Janeda_(Ambla)_vallavalitsus, lk 49
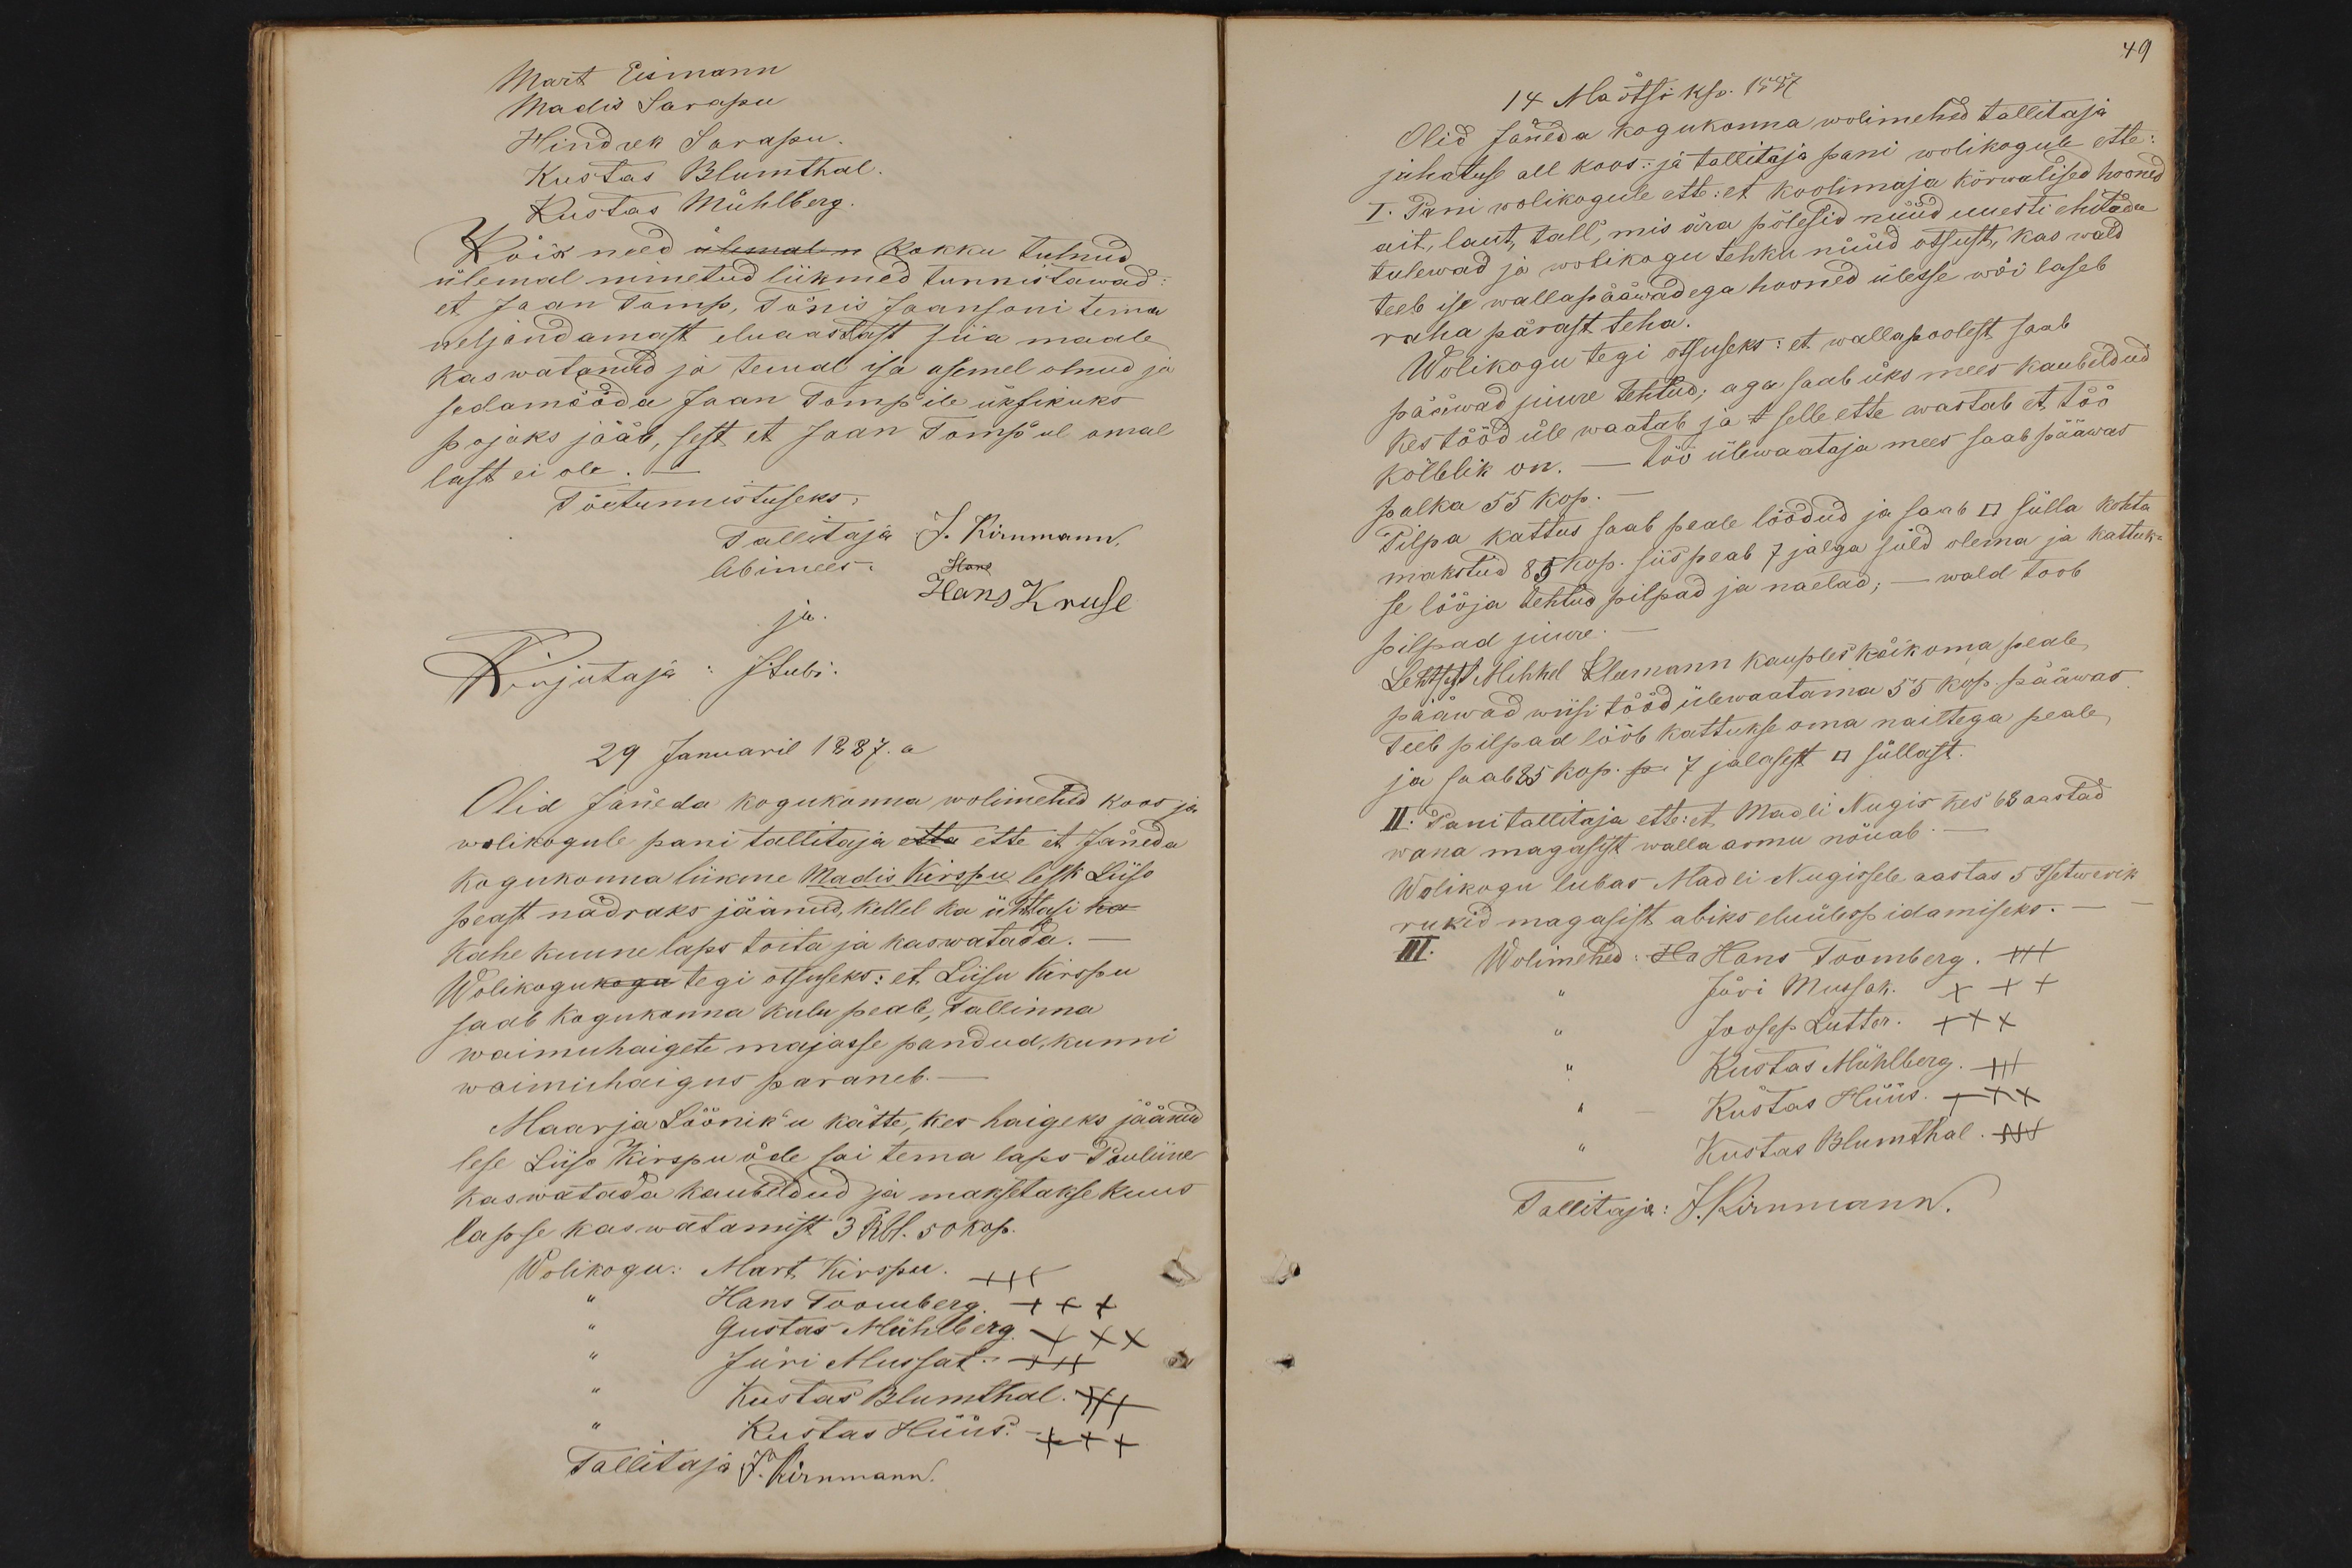
Mart Eismann
Madis Sarapu
Hindrek Sarapu.
Kustas Blumthal
Kustas Mühlberg
Kõik need ülemal n kokku tulnud
ülemal nimetud liikmed tunnistawad:
et Jaan Tomp, Tõnis Jaansoni tema
neljandamast eluaastast siia maale
kaswatanud ja temal isa asemel olnud ja
sedamööda Jaan Tomp'ile üksikuks
pojaks jääb, sest et Jaan Tomp'ul omal
last ei ole. -
Tõetunnistuseks:
Tallitaja J. Kirnmann.
Abimees. Hans
Hans Kruse
ja.
Kirjutaja : J.Lubi.
29 Januaril 1887. a
Olid Jäneda kogukonna wolimehed koos ja
wolikogule pani tallitaja etta ette et Jäneda
kogukonna liikme Madis Kirspu lesk Liiso
peast nõdraks jäänud, kellel ka ühtlasi ka
kahe kuune laps toita ja kaswatada.
Wolikogukogu tegi otsuseks: et Liisu Kirspu
saab kogukonna kulu peale, Tallinna
waimuhaigete majasse pandud, kunni
waimuhaigus paraneb.-
Maarja Lõõnik'u kätte, kes haigeks jäänud
lese Liiso Kirspu õde sai tema laps Pauliine
kaswatada kaubeldud ja maksetakse kuus
lapse kaswatamist 3 Rbl. 50 kop.
Wolikogu: Mart Kirspu. +++
Hans Toomberg +++
Gustas Mühlberg. XXX
Jüri Mussat. +++
Kustas Blumthal. +++
Kustas Hüüs. +++
Tallitaja J. Kirnmann.

49
14 Märtsi kp. 1887
Olid Jäneda kogukonna wolimehed tallitaja
juhatuse all koos: ja tallitaja pani wolikogule ette:
I. Pani wolikogule ette: et koolimaja kõrwalised hooned
ait, laut, tall, mis ära põlesid nüüd uuesti ehitada
tulewad ja wolikogu tehku nüüd otsust, kas wald
teeb ise wallapääwadega hooned ülesse wõi laseb
raha pärast teha.
Wolikogu tegi otsuseks: et walla poolest saab
pääwad juure tehtud; aga saab üks mees kaubeldud
kes tööd üle waatab ja t selle ette wastab et töö
kõlblik on. - töö ülewaataja mees saab pääwas
palka 55 kop.
Pilpa kattus saab peale löödud ja saab □ sülla kohta
makstud 85 kop. siis peab 7 jalga süld olema ja kattuk
se lööja tehtud pilpad ja naelad; - wald toob
pilpad juure
Lehtsest Mihkel Kleemann kauples kõik oma peale,
pääwad wiisi tööd ülewaatama 55 kop. pääwas
Teeb pilpad lööb kattukse oma nailtega peale
ja saab 85 kop. p 7 jalasest □ süllast.
II. Pani tallitaja ette: et Madli Nugis kes 68 aastad
wana magasist walla armu nõuab
Wolikogu lubas Madli Nugissele aastas 5 Tsetwerik
rukid magasist abiks eluülespidamiseks.
III. Wolimehed: Ha Hans Toomberg. +++
Jüri Mussak. +++
Joosep Lutter. XXX
Kustas Mühlberg. +++
Kustas Hüüs. XXX
Kustas Blumthal. +++
Tallitaja: J. Kirnmann.